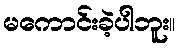
မကောင်းခဲ့ပါဘူး။